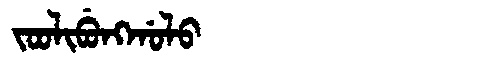
Manchu: ᠵᠣᠣᠯᡳᠪᡠᠩᡤᠣᠯᠣ
Romanization: JOOLIBUNGGOLO